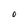
Character: O